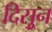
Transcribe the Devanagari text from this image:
दिसुून